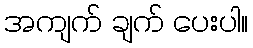
အကျက် ချက် ပေးပါ။